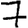
Digit: 7